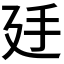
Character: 𢌜